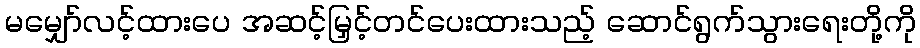
မမျှော်လင့်ထားပေ အဆင့်မြှင့်တင်ပေးထားသည့် ဆောင်ရွက်သွားရေးတို့ကို